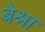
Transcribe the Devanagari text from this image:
बेश्रा